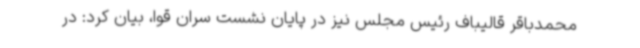
محمدباقر قالیباف رئیس مجلس نیز در پایان نشست سران قوا، بیان کرد: در